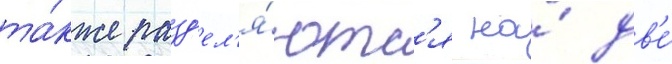
та́кже разд'ел'я́ютс'я на́ дв'е́